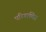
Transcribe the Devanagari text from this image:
परिगाणित